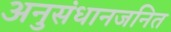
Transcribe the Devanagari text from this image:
अनुसंधानजनित